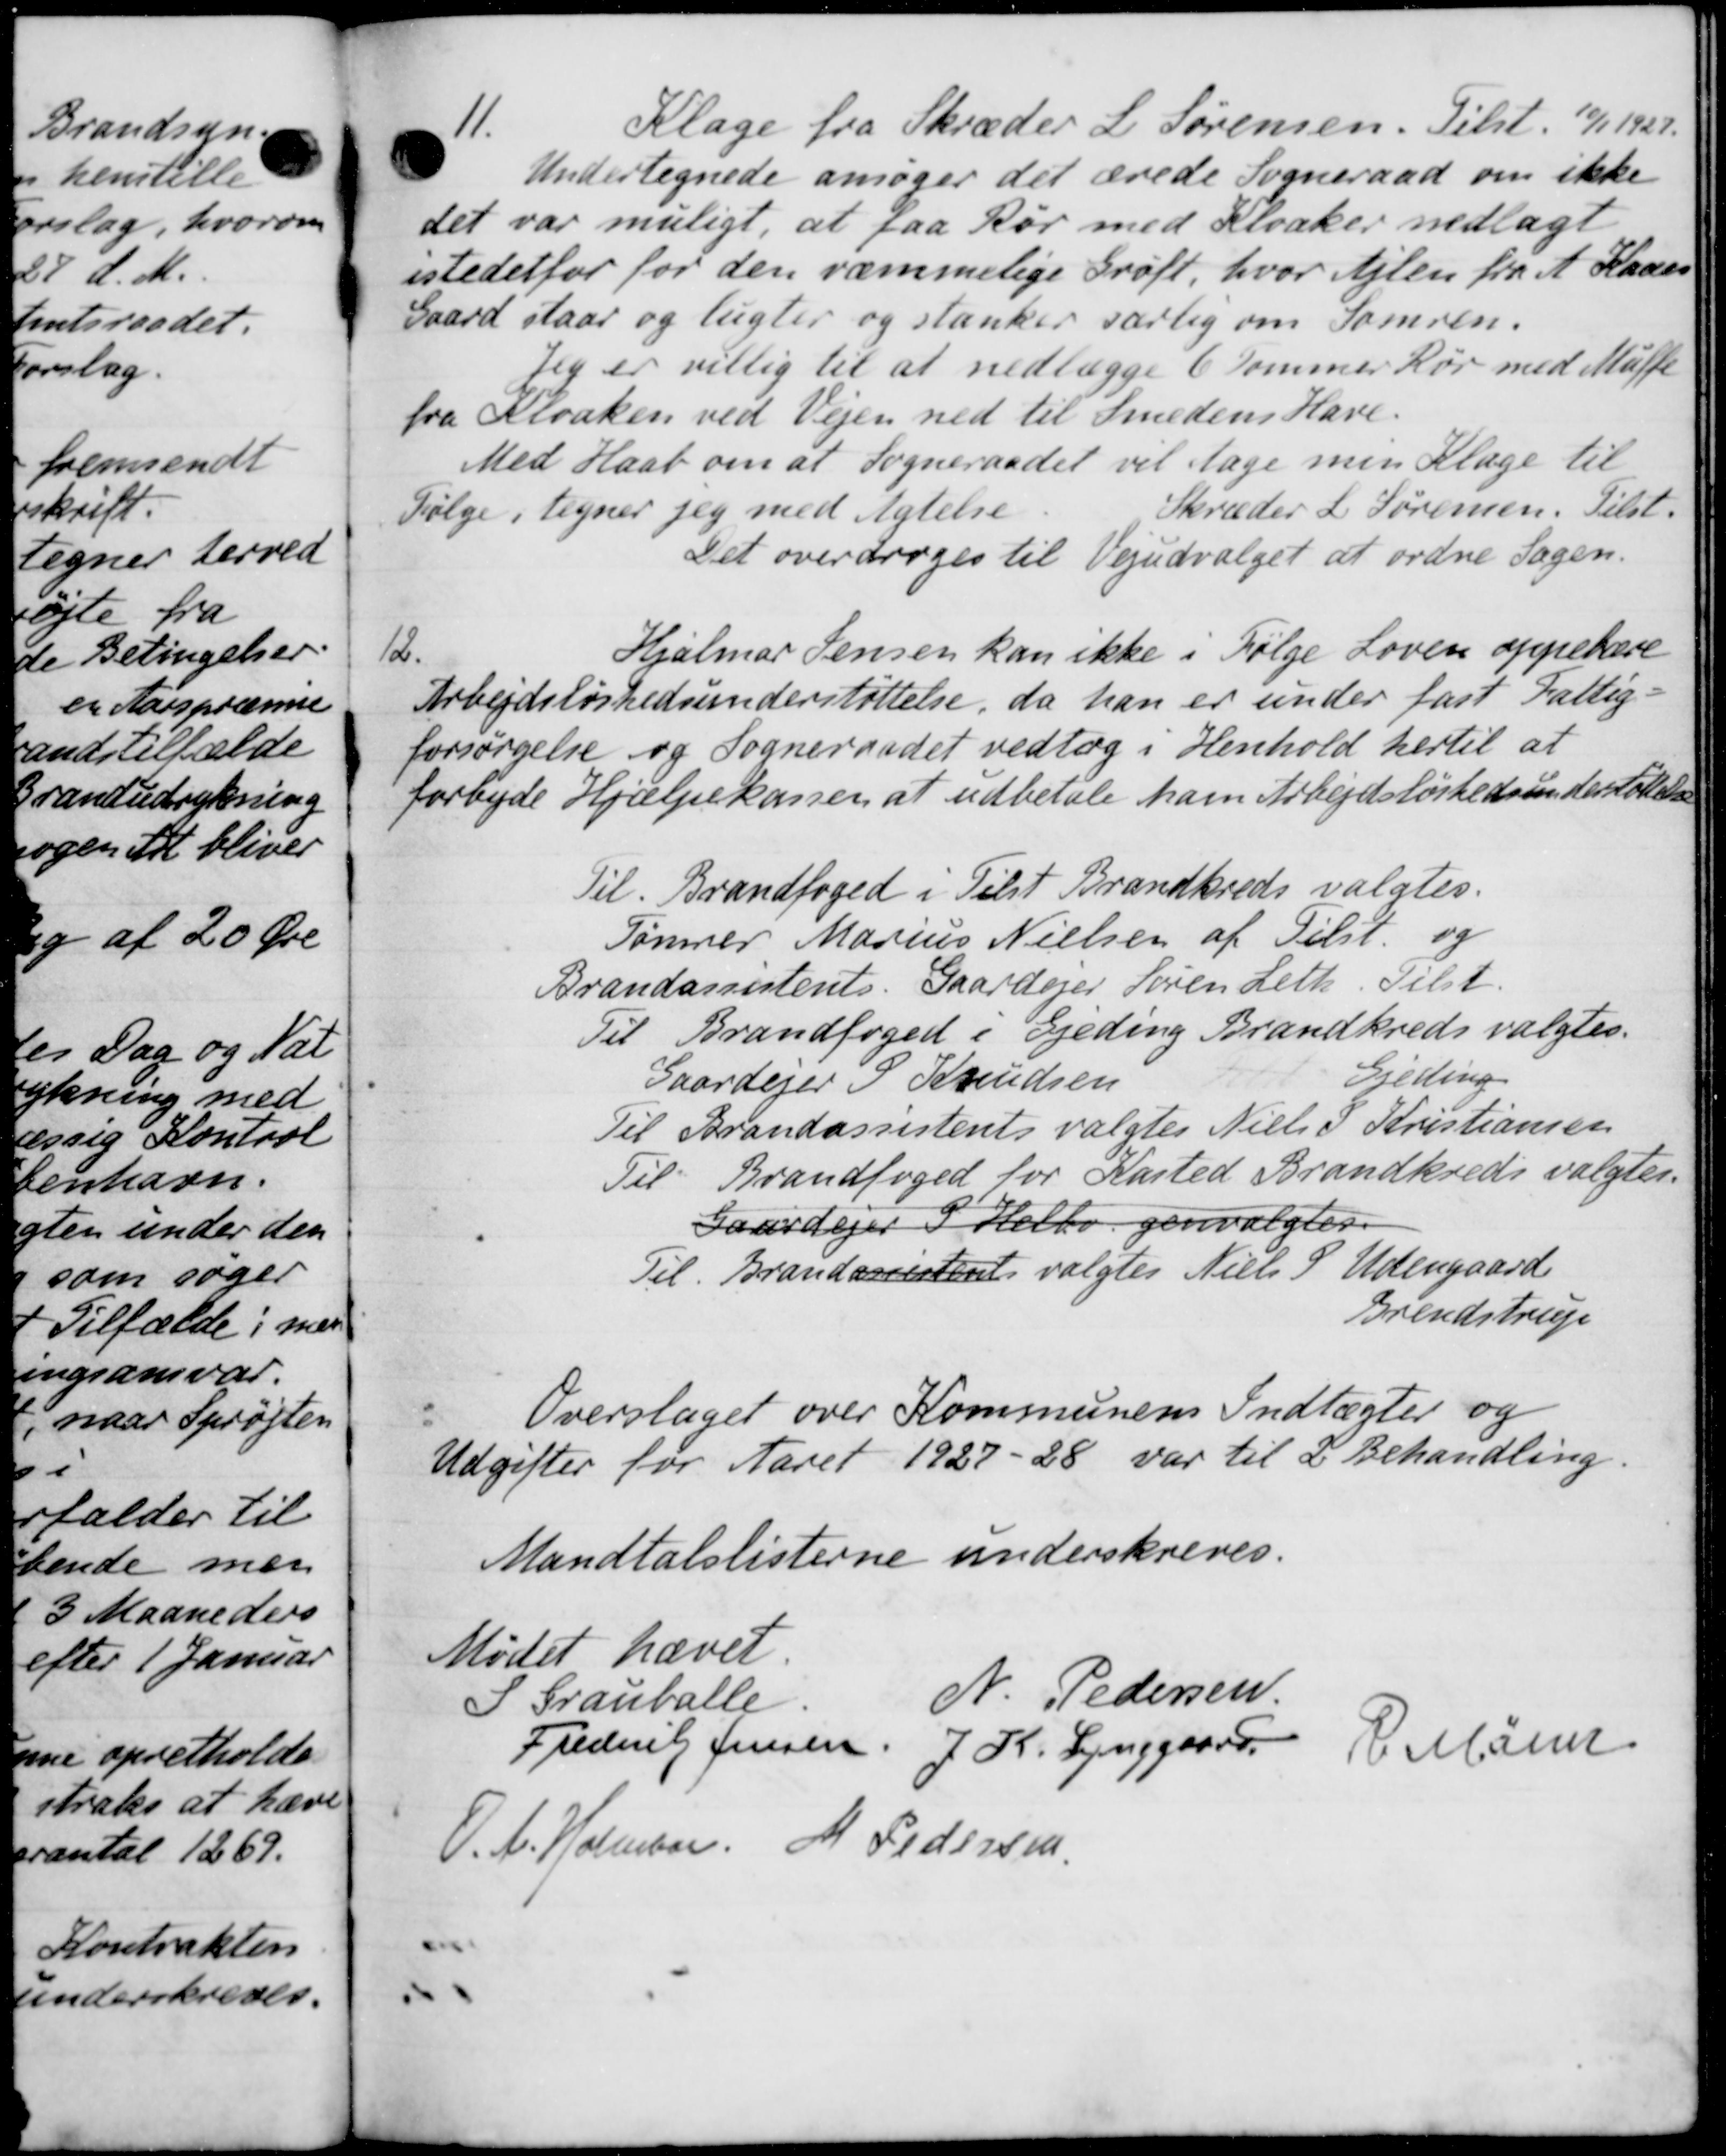
Transskription:
11.
Klage fra Skræder L. Sørensen. Tilst. 10/1 1927.
Undertegnede ansøger det ærede Sogneraad om ikke
det var muligt, at faa Rør med Kloaker nedlagt
sstedetfor for den rammelige Grøft, hvor Alen fra A. Kaars
Gaard staar og lagter og stanker særlig om Somren.
Jeg er villig til at nedlægge 6 Tommer Rør med Muffe
fra Kloaken ved Vejen ned til Smedens Have.
Med Haab om at Sogneraadet vil tage men Klage til
Skræder L Sørensen. Tilst.
Følge i tegner jeg med Agtelse.
Det overdroges til Vejudvalget at ordne Sagen.
12.
Hjalmar Jensen kan ikke i Følge Loven oppebære
Arbejdsløshedsunderstøttelse, da han er under fast Fattig
rsørgelse og Sogneraadet vedtog i Henhold hertil at
byde Hjælpekassen at udbetale ham Arbejdsløshedsunderstøttelse
Til Brandfoged i Tilst Brandkreds valgtes.
Tømrer Marius Nielsen af Tilst. og
Brandassistents. Gaardejer Søren Leth. Tilst.
Til Brandfoged i Gjeding Brandkreds valgtes.
Gaardejer S Knudsen
Gjeding
Til Brandassistents valgtes Niels P Kristiansen
Til Brandfoged for Kasted Brandkreds valgtes.
Gaardejer I Helbo genvalgtes.
Til Brandassistent valgtes Niels S. Udengaard
Brendstrup
Overslaget over Kommunens Indtægter og
gifter for Aaret 1927-28 var til 2 Behandling.
Mandtalslisterne underskreves.
Mødet hævet
Grauballe
N. Pedersen
Frederik Jensen. J. K. Lynggaard
P. Mane
A. Holmber M Pedersen